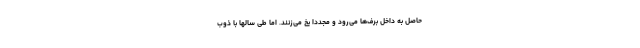
حاصل به داخل برف‌ها می‌رود و مجددا یخ می‌زنند. اما طی سالها با ذوب